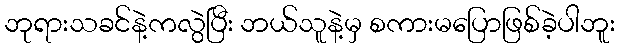
ဘုရားသခင်နဲ့ကလွဲပြီး ဘယ်သူနဲ့မှ စကားမပြောဖြစ်ခဲ့ပါဘူး